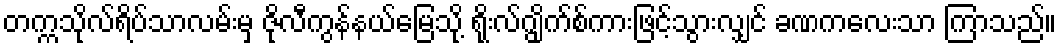
တက္ကသိုလ်ရိပ်သာလမ်းမှ ဇိုလီကွန်နယ်မြေသို့ ရိုးလ်ဂျွိုက်စ်ကားဖြင့်သွားလျှင် ခဏကလေးသာ ကြာသည်။